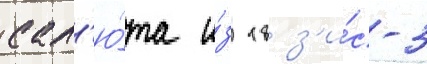
сал'ю́та и́з 18 з'и́с-3